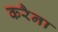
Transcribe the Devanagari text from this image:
करैना